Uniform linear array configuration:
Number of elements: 4
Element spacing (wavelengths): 0.25
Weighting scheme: uniform
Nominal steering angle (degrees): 60
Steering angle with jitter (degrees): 60.586
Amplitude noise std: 0.05
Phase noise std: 0.05

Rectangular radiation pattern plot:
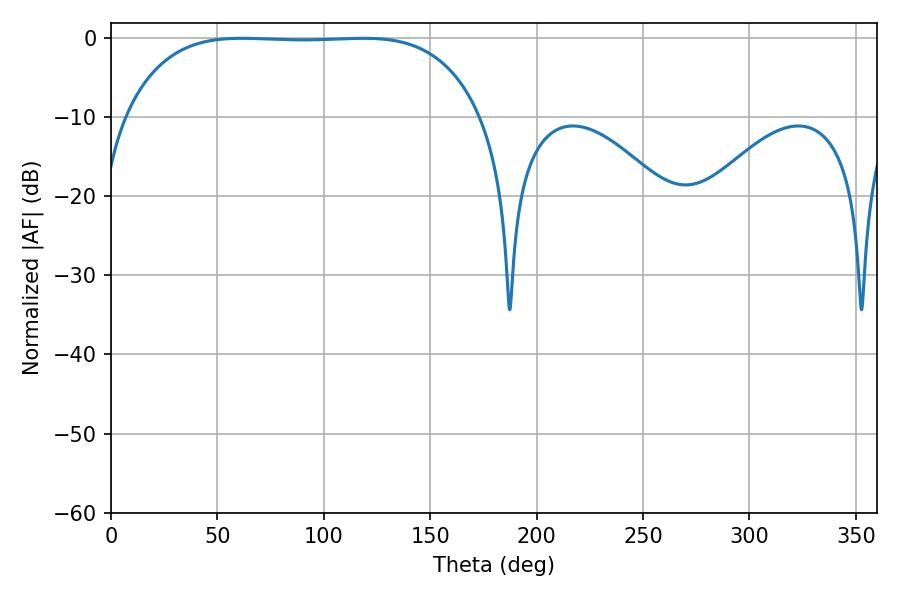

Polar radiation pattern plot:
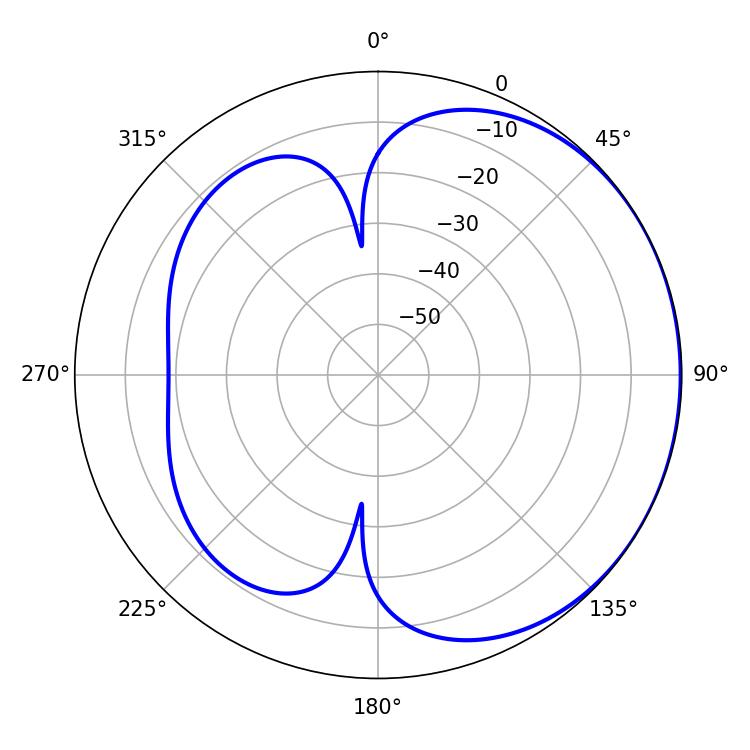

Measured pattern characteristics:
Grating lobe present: FALSE
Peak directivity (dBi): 0.8166
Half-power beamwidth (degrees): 130.32
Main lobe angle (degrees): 61.38